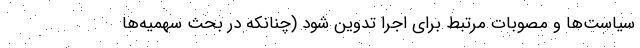
سیاست‌ها و مصوبات مرتبط برای اجرا تدوین شود (چنانکه در بحث سهمیه‌ها